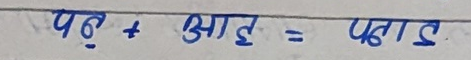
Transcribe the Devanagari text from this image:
पढ् + आइ = पढाइ